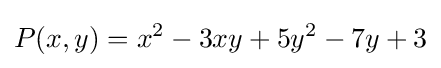
P(x,y)=x^{2}-3xy+5y^{2}-7y+3